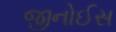
જીનોઈસ